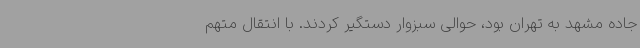
جاده مشهد به تهران بود، حوالی سبزوار دستگیر کردند. با انتقال متهم